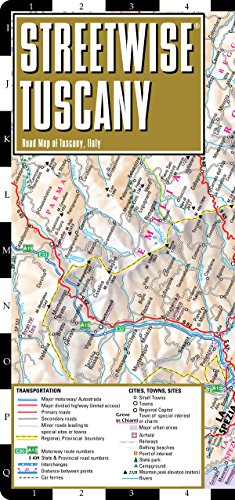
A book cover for Streetwise Tuscany Map - Laminated Road Map of Tuscany, Italy - Folding pocket size travel map; Streetwise Maps; Travel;